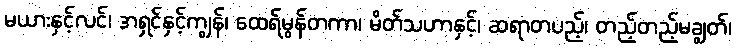
မယားနှင့်လင်၊ အရှင်နှင့်ကျွန်၊ ထေရ်မွန်တကာ၊ မိတ်သဟာနှင့်၊ ဆရာတပည့်၊ တည့်တည့်မချွတ်၊